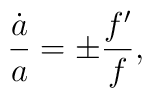
{\dot{a}\over a} = \pm {f'\over f},